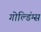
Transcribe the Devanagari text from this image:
गोल्डिंग्स